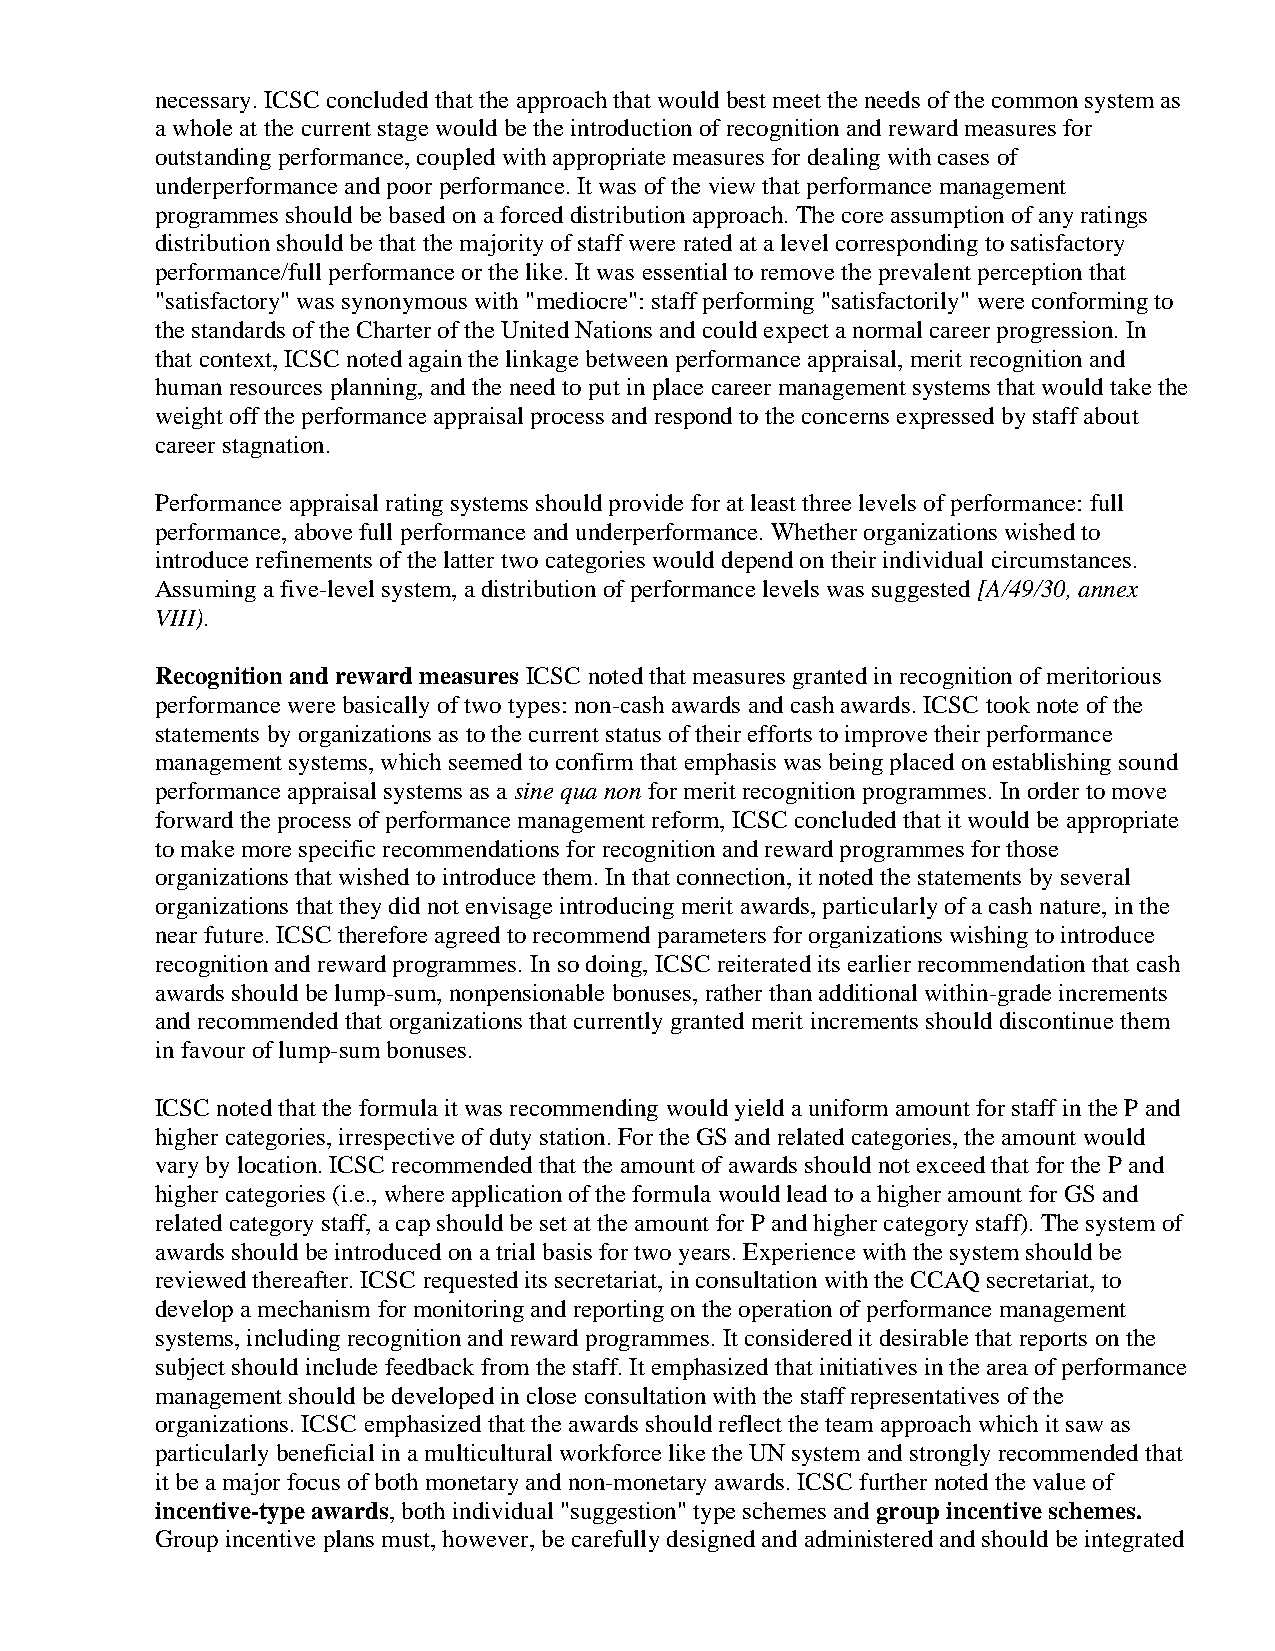
necessary. ICSC concluded that the approach that would best meet the needs of the common system as
 a whole at the current stage would be the introduction of recognition and reward measures for
 outstanding performance, coupled with appropriate measures for dealing with cases of
 underperformance and poor performance. It was of the view that performance management
 programmes should be based on a forced distribution approach. The core assumption of any ratings
 distribution should be that the majority of staff were rated at a level corresponding to satisfactory
 performance/full performance or the like. It was essential to remove the prevalent perception that
 "satisfactory" was synonymous with "mediocre": staff performing "satisfactorily" were conforming to
 the standards of the Charter of the United Nations and could expect a normal career progression. In
 that context, ICSC noted again the linkage between performance appraisal, merit recognition and
 human resources planning, and the need to put in place career management systems that would take the
 weight off the performance appraisal process and respond to the concerns expressed by staff about
 career stagnation.
 Performance appraisal rating systems should provide for at least three levels of performance: full
 performance, above full performance and underperformance. Whether organizations wished to
 introduce refinements of the latter two categories would depend on their individual circumstances.
 Assuming a five-level system, a distribution of performance levels was suggested [A/49/30, annex
 VIII).
 Recognition and reward measures ICSC noted that measures granted in recognition of meritorious
 performance were basically of two types: non-cash awards and cash awards. ICSC took note of the
 statements by organizations as to the current status of their efforts to improve their performance
 management systems, which seemed to confirm that emphasis was being placed on establishing sound
 performance appraisal systems as a sine qua non for merit recognition programmes. In order to move
 forward the process of performance management reform, ICSC concluded that it would be appropriate
 to make more specific recommendations for recognition and reward programmes for those
 organizations that wished to introduce them. In that connection, it noted the statements by several
 organizations that they did not envisage introducing merit awards, particularly of a cash nature, in the
 near future. ICSC therefore agreed to recommend parameters for organizations wishing to introduce
 recognition and reward programmes. In so doing, ICSC reiterated its earlier recommendation that cash
 awards should be lump-sum, nonpensionable bonuses, rather than additional within-grade increments
 and recommended that organizations that currently granted merit increments should discontinue them
 in favour of lump-sum bonuses.
 ICSC noted that the formula it was recommending would yield a uniform amount for staff in the P and
 higher categories, irrespective of duty station. For the GS and related categories, the amount would
 vary by location. ICSC recommended that the amount of awards should not exceed that for the P and
 higher categories (i.e., where application of the formula would lead to a higher amount for GS and
 related category staff, a cap should be set at the amount for P and higher category staff). The system of
 awards should be introduced on a trial basis for two years. Experience with the system should be
 reviewed thereafter. ICSC requested its secretariat, in consultation with the CCAQ secretariat, to
 develop a mechanism for monitoring and reporting on the operation of performance management
 systems, including recognition and reward programmes. It considered it desirable that reports on the
 subject should include feedback from the staff. It emphasized that initiatives in the area of performance
 management should be developed in close consultation with the staff representatives of the
 organizations. ICSC emphasized that the awards should reflect the team approach which it saw as
 particularly beneficial in a multicultural workforce like the UN system and strongly recommended that
 it be a major focus of both monetary and non-monetary awards. ICSC further noted the value of
 incentive-type awards, both individual "suggestion" type schemes and group incentive schemes.
 Group incentive plans must, however, be carefully designed and administered and should be integrated